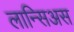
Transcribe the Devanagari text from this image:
लान्सिअस